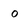
Character: O